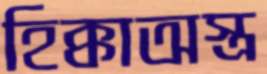
হিক্কাঅস্ত্র